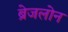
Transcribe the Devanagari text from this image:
ब्रेजलोन